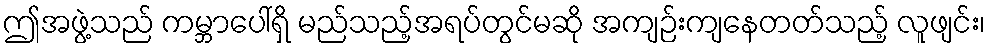
ဤအဖွဲ့သည် ကမ္ဘာပေါ်ရှိ မည်သည့်အရပ်တွင်မဆို အကျဉ်းကျနေတတ်သည့် လူဖျင်း၊